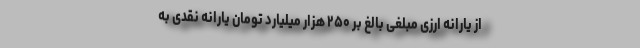
از یارانه ارزی مبلغی بالغ بر ۲۵۰ هزار میلیارد تومان یارانه نقدی به